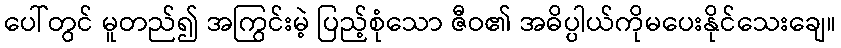
ပေါ်တွင် မူတည်၍ အကြွင်းမဲ့ ပြည့်စုံသော ဇီဝ၏ အဓိပ္ပါယ်ကိုမပေးနိုင်သေးချေ။